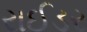
રાઈડર